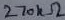
Text: 270kΩ